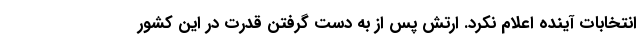
انتخابات آینده اعلام نکرد. ارتش پس از به دست گرفتن قدرت در این کشور